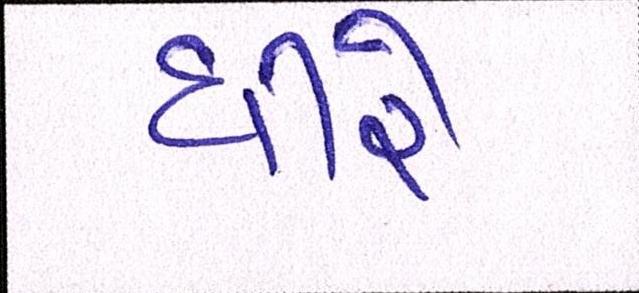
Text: ધીરે